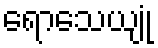
ရောသေယျုံ